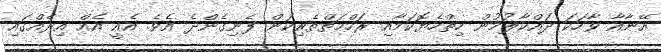
އޭނާއާ ވާހަކަ ދައްކާލުމުން ހިތްހެޔޮކަމާއި ރަހްމަތްތެރިކަން ފެނިގެންދެ އެވެ. އެއީ އެެއް އިރެއްގައި